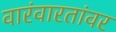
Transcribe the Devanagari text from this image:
वारंवारतांवर